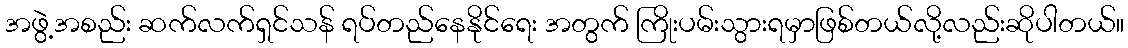
အဖွဲ့အစည်း ဆက်လက်ရှင်သန် ရပ်တည်နေနိုင်ရေး အတွက် ကြိုးပမ်းသွားရမှာဖြစ်တယ်လို့လည်းဆိုပါတယ်။